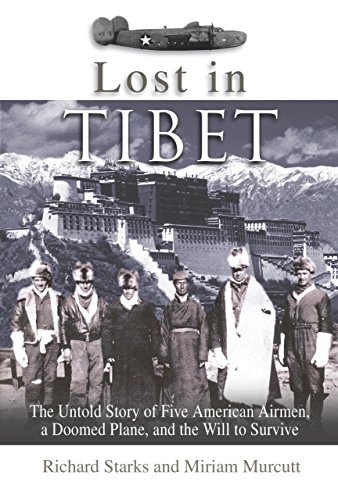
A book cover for Lost in Tibet: The Untold Story of Five American Airmen, a Doomed Plane, and the Will to Survive; Miriam Murcutt; Travel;